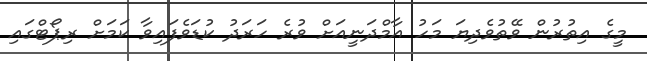
މީގެ އިތުރުން ވޭތުވެދިޔަ މަހު އާމްދަނީއަށް ވުރެ ހަރަދު ކުޑަވެފައިވާ ކަމަށް ރިޕޯޓްގައި